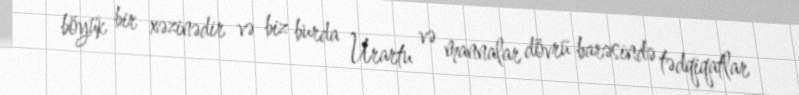
böyük bir xəzinədir və biz burda Urartu və mannalar dövrü barəsində tədqiqatlar